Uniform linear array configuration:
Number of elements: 4
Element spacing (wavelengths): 1
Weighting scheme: binomial
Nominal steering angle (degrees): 60
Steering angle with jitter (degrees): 61.223
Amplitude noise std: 0.05
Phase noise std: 0.05

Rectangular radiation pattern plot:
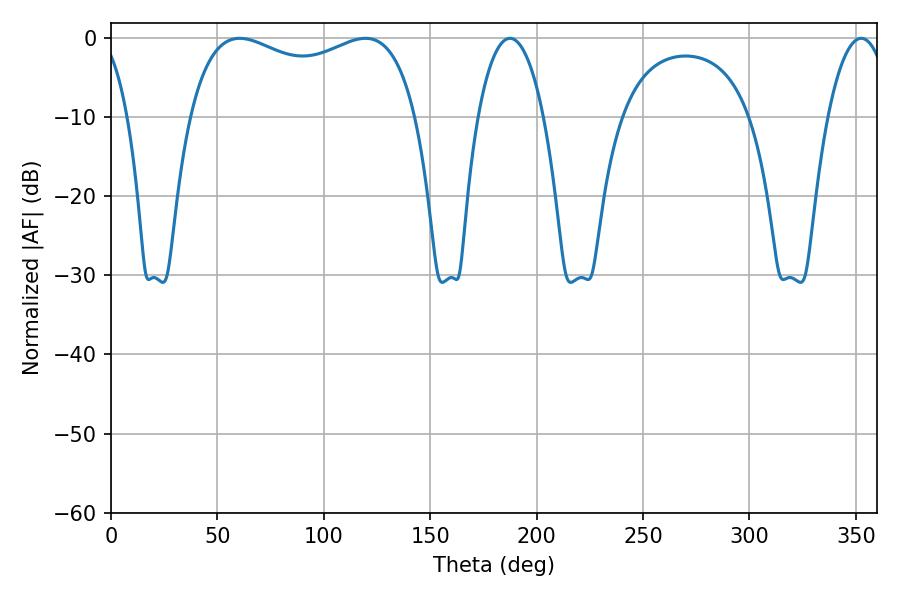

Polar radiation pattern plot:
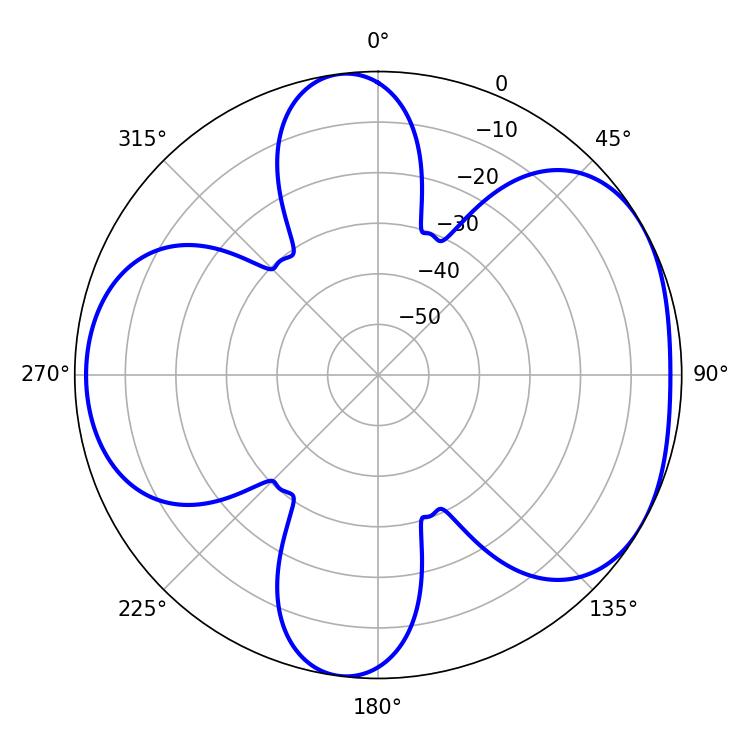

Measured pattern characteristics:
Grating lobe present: TRUE
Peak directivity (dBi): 4.848
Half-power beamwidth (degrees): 87.84
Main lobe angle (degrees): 60.48